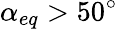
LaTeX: \alpha_{eq}>50^{\circ}